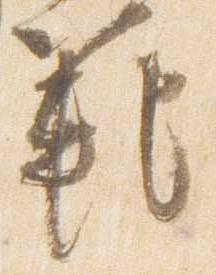
範